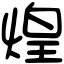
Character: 煌